Report of the Indian Hemp Drugs Commission, 1894-1895 - Volume V
Year: 1894
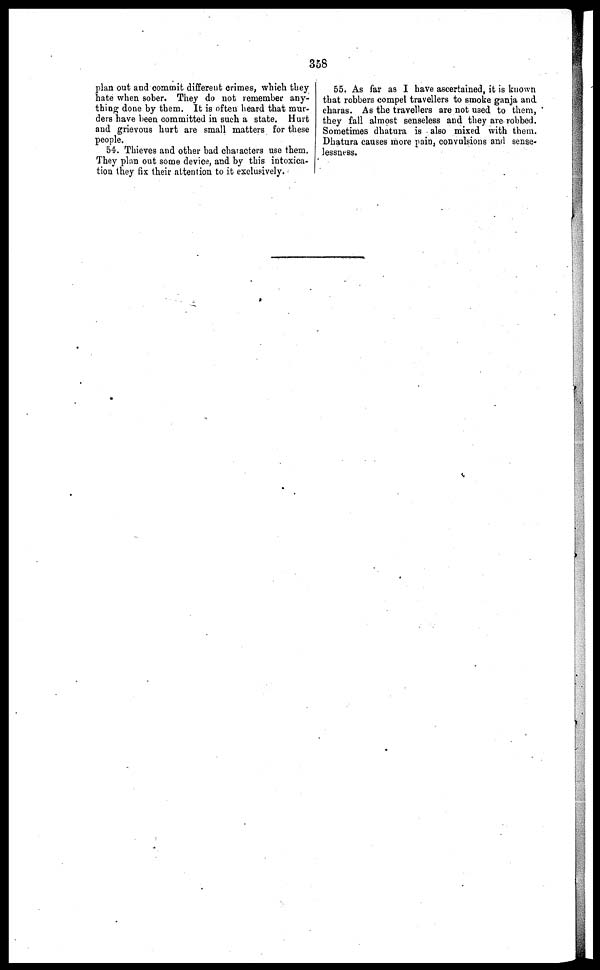
3 58
plan out and commit different crimes, which they
hate when sober. They do not remember any-
thing done by them. It is often heard that mur-
ders have been committed in such a state. Hurt
and grievous hurt are small matters for these
people.
54. Thieves and other bad characters use them.
They plan out some device, and by this intoxica-
tion they fix their attention to it exclusively.
55. As far as I have ascertained, it is known
that robbers compel travellers to smoke ganja and
charas. As the travellers are not used to them,
they fall almost senseless and they are robbed.
Sometimes dhatura is also mixed with them.
Dhatura causes more pain, convulsions and sense-
lessness.